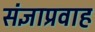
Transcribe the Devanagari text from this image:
संज्ञाप्रवाह